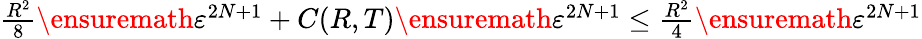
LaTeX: \begin{array}{r}{\frac{R^{2}}{8}\ensuremath{\varepsilon}^{2N+1}+C(R,T)\ensuremath{\varepsilon}^{2N+1}\leq\frac{R^{2}}{4}\ensuremath{\varepsilon}^{2N+1}}\end{array}